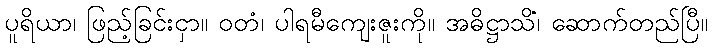
ပူရိယာ၊ ဖြည့်ခြင်းငှာ။ ဝတံ၊ ပါရမီကျေးဇူးကို။ အဓိဋ္ဌာသိံ၊ ဆောက်တည်ပြီ။